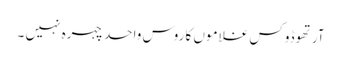
آرتھوڈوکس غلاموں کا روس واحد چہرہ نہیں ۔